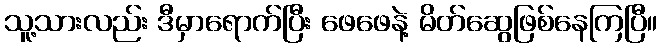
သူ့သားလည်း ဒီမှာရောက်ပြီး ဖေဖေနဲ့ မိတ်ဆွေဖြစ်နေကြပြီ။